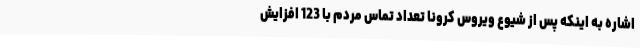
اشاره به اینکه پس از شیوع ویروس کرونا تعداد تماس مردم با 123 افزایش